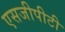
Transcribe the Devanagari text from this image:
एसजीपीटी